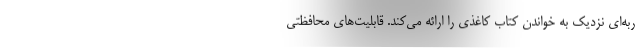
ربه‌ای نزدیک به خواندن کتاب کاغذی را ارائه می‌کند. قابلیت‌های محافظتی